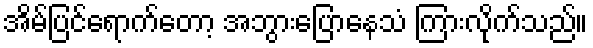
အိမ်ပြင်ရောက်တော့ အဘွားပြောနေသံ ကြားလိုက်သည်။